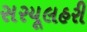
સરયૂલહરી